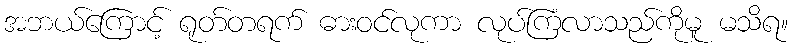
အဘယ်ကြောင့် ရုတ်တရက် ဓားဝင်လုကာ လုပ်ကြံလာသည်ကိုမူ မသိရ။